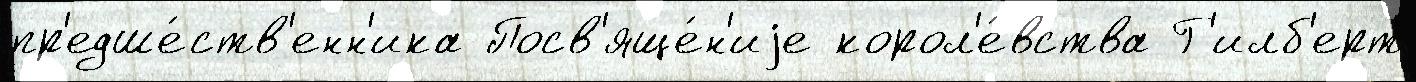
пр'едше́ств'енн'ика Посв'яще́н'иjе корол'е́вства Г'илб'ерт